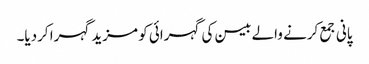
پانی جمع کرنے والے بیسن کی گہرائی کو مزید گہرا کردیا۔